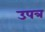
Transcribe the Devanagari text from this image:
उपत्र